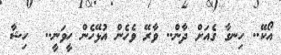
އޯކޭ.. ހިނގާ ގެއަށް ދާން.. ވާރޭ ވެހެން އުޅޭހެން ހީވަނީ..  ހިޝާ